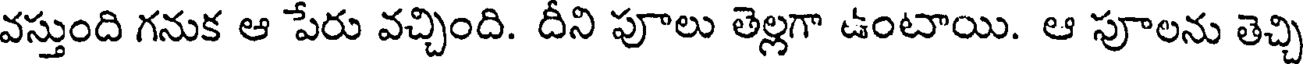
వస్తుంది గనుక ఆ పేరు వచ్చింది. దీని పూలు తెల్లగా ఉంటాయి. ఆ పూలను తెచ్చి